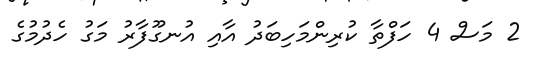
2 މަސް 4 ހަފްތާ ކުރިންމަހިބަދު އާއި އުނގޫފާރު މަގު ހެދުމުގެ